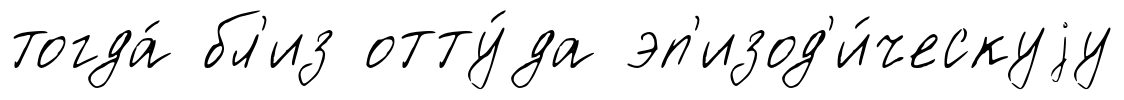
тогда́ бл'из отту́да эп'изод'и́ческуjу